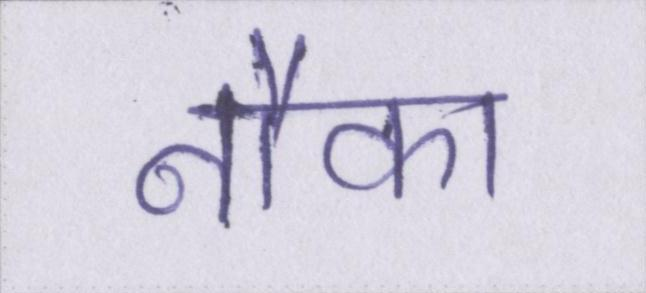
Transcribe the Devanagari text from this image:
नौका